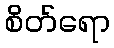
စိတ်ရော